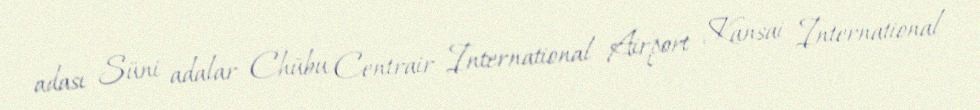
adası Süni adalar Chūbu Centrair International Airport Kansai International